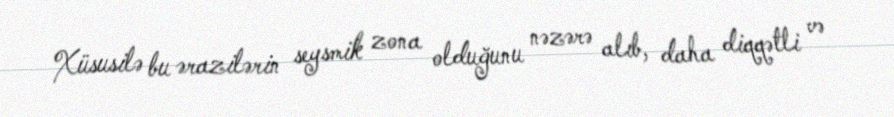
Xüsusilə bu ərazilərin seysmik zona olduğunu nəzərə alıb, daha diqqətli və